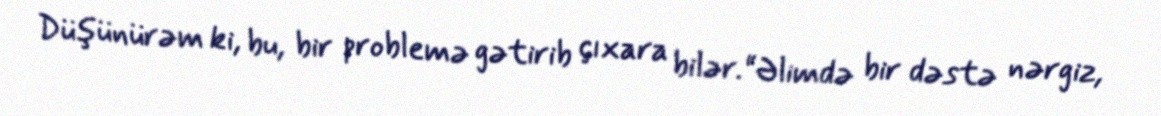
Düşünürəm ki, bu, bir problemə gətirib çıxara bilər.“Əlimdə bir dəstə nərgiz,